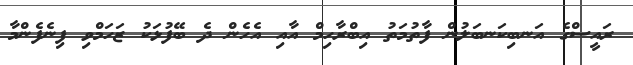
ރައީސްގެ އަނބިކަނބަލުން ފާތުމަތު އިބްރާހިމް އާއި އެހެން ދެ ބޭފުޅަކު ޒަހަމްވި ފިނެފެންމާ